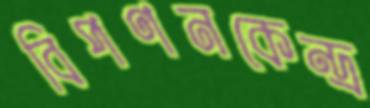
বিপণনকেন্দ্র